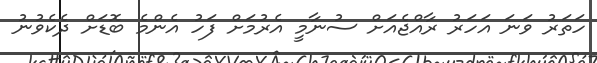
ހަތަރު ވަނަ އަހަރު ރާއްޖެއަށް ސުނާމީ އެރުމަށް ފަހު އެންމެ ބޮޑަށް ދެކެވުނު